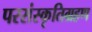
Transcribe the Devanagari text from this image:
परसंस्कृतिग्रहण